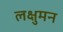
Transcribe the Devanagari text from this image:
लक्षुमन